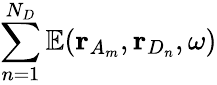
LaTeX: \sum_{n=1}^{N_{D}}\mathbb{E}(\mathbf{r}_{A_{m}},\mathbf{r}_{D_{n}},\omega)